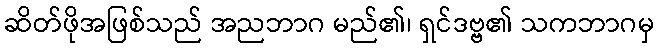
ဆိတ်ဖိုအဖြစ်သည် အညဘာဂ မည်၏၊ ရှင်ဒဗ္ဗ၏ သကဘာဂမှ